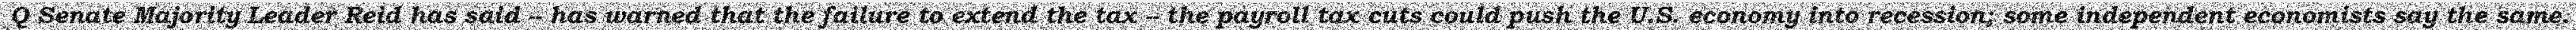
Q Senate Majority Leader Reid has said -- has warned that the failure to extend the tax -- the payroll tax cuts could push the U.S. economy into recession; some independent economists say the same.